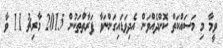
ވީމާ މި މަސައްކަތް ކޮށްދެއްވަން އެދިވަޑައިގަންނަވާ ފަރާތްތަކުން 2015 މާރިޗު 11 ވާ